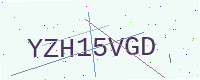
Text: YZH15VGD